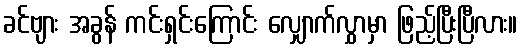
ခင်ဗျား အခွန် ကင်းရှင်းကြောင်း လျှောက်လွှာမှာ ဖြည့်ပြီးပြီလား။